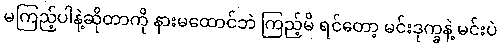
မကြည့်ပါနဲ့ဆိုတာကို နားမထောင်ဘဲ ကြည့်မိ ရင်တော့ မင်းဒုက္ခနဲ့ မင်းပဲ